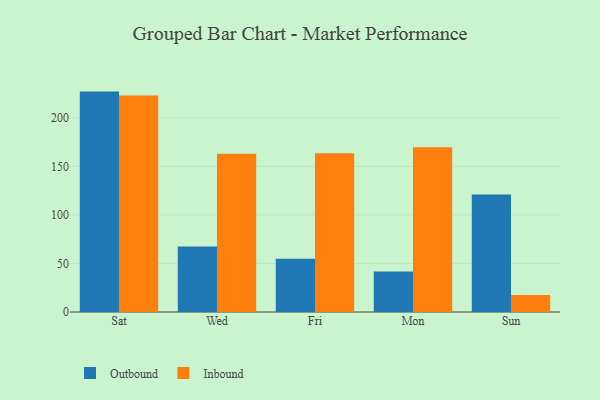
{"axis": {"x": "Day", "y": "Active Users"}, "legend": ["Inbound", "Outbound"], "data": [{"x": "Sat", "y": 227.0, "type": "Outbound"}, {"x": "Sat", "y": 223.0, "type": "Inbound"}, {"x": "Wed", "y": 67.5, "type": "Outbound"}, {"x": "Wed", "y": 162.9, "type": "Inbound"}, {"x": "Fri", "y": 54.9, "type": "Outbound"}, {"x": "Fri", "y": 163.4, "type": "Inbound"}, {"x": "Mon", "y": 41.7, "type": "Outbound"}, {"x": "Mon", "y": 169.6, "type": "Inbound"}, {"x": "Sun", "y": 120.9, "type": "Outbound"}, {"x": "Sun", "y": 17.5, "type": "Inbound"}]}